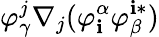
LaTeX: \varphi_{\gamma}^{j}\nabla_{j}(\varphi_{\mathbf{i}}^{\alpha}\varphi_{\beta}^{\mathbf{i}*})